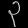
Digit: ၃